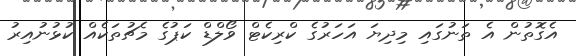
އެގޮތުން އެ ތަނުގައި މިދިޔަ އަހަރުގެ ކްރިކެޓް ވޯލްޑް ކަޕުގެ މެޗުތަކެއް ކުޅުނުއިރު